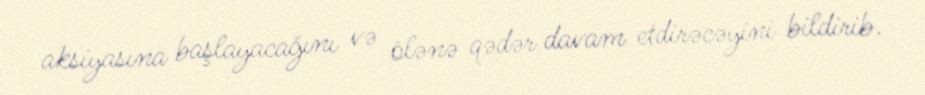
aksiyasına başlayacağını və ölənə qədər davam etdirəcəyini bildirib.